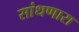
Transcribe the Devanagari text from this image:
सांधणारा